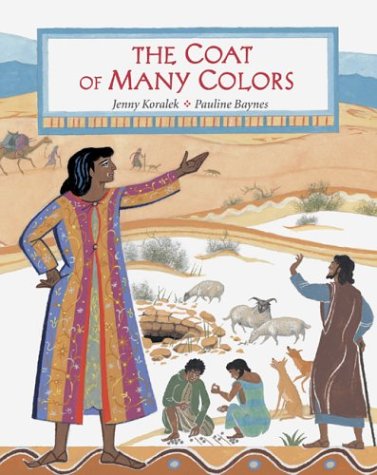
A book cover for The Coat of Many Colors; Jenny Koralek; Children's Books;